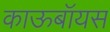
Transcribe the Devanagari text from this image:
काऊबॉयस